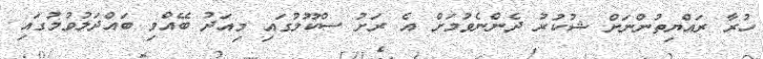
ހުރާ ރައްޔިތުންނަށް ޝުކުރު ދެންނެވުމަށް އެ ރަށު ސްކޫލުގައި މިއަދު ބޭއްވި ބައްދަލުވުމުގައި